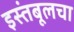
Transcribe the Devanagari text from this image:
इस्तंबूलचा